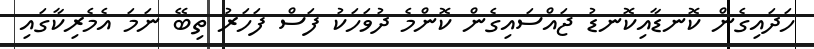
ހަދައިގެން ކޮނޑާއިކޮނޑު ޖައްސައިގެން ކޮންމެ ދުވަހަކު ފަސް ފަހަރު ތިބޭ ނަމަ އެމެރިކާގައި